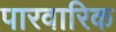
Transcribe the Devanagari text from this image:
पारवारिक